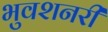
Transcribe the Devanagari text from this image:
भुवशनरी